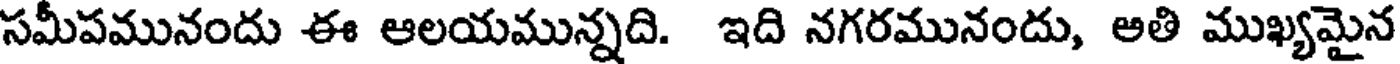
సమీపమునందు ఈ ఆలయమున్నది. ఇది నగరమునందు, అతి ముఖ్యమైన